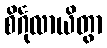
စိင်္ဂုလာယိတွာ